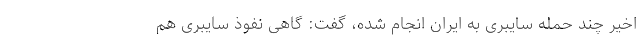
اخیر چند حمله سایبری به ایران انجام شده، گفت: گاهی نفوذ سایبری هم